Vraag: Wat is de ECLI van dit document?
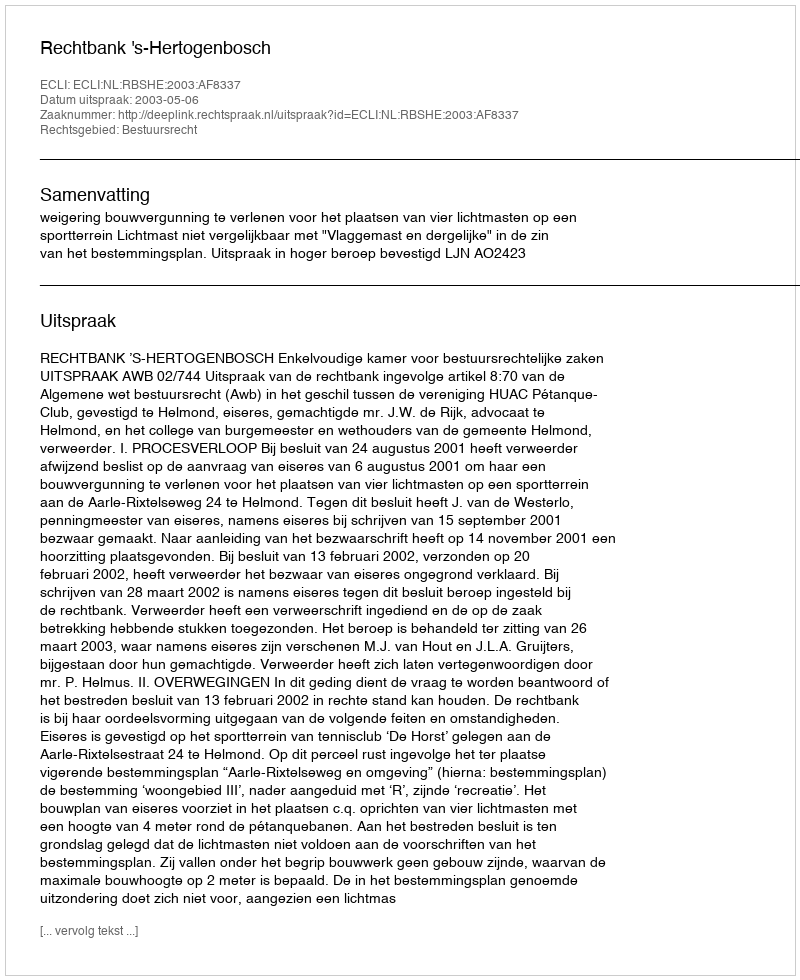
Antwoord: ECLI:NL:RBSHE:2003:AF8337